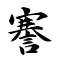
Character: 謇